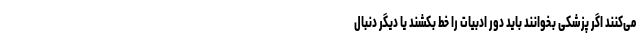
می‌کنند اگر پزشکی بخوانند باید دور ادبیات را خط بکشند یا دیگر دنبال